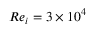
R e _ { i } = 3 \times 1 0 ^ { 4 }